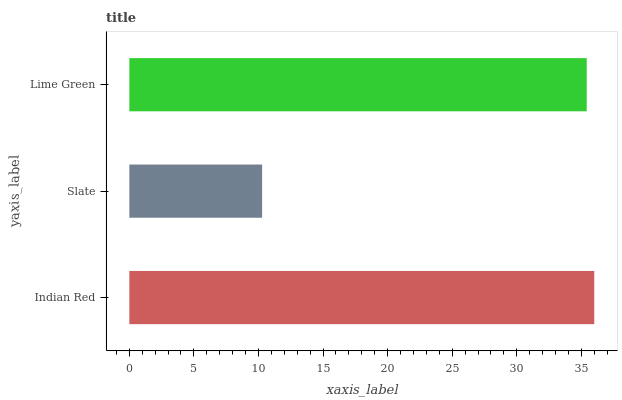
| yaxis_label | bars |
 | --- | --- |
 | Indian Red | 36 |
 | Slate | 10.3 |
 | Lime Green | 35.4 |